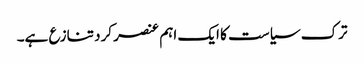
ترک سیاست کا ایک اہم عنصر کرد تنازع ہے۔